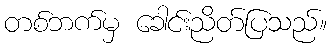
တစ်ဘက်မှ ခေါင်းညိတ်ပြသည်။